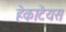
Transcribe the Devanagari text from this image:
हेकाटेयस